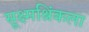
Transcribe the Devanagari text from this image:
सूक्ष्मश्रिंकला